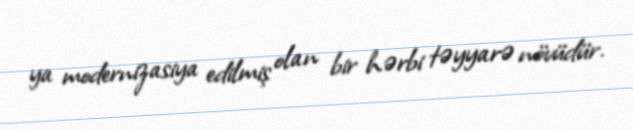
ya modernizasiya edilmiş olan bir hərbi təyyarə növüdür.